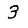
Digit: 3